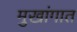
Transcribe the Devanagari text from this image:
मुखांगात